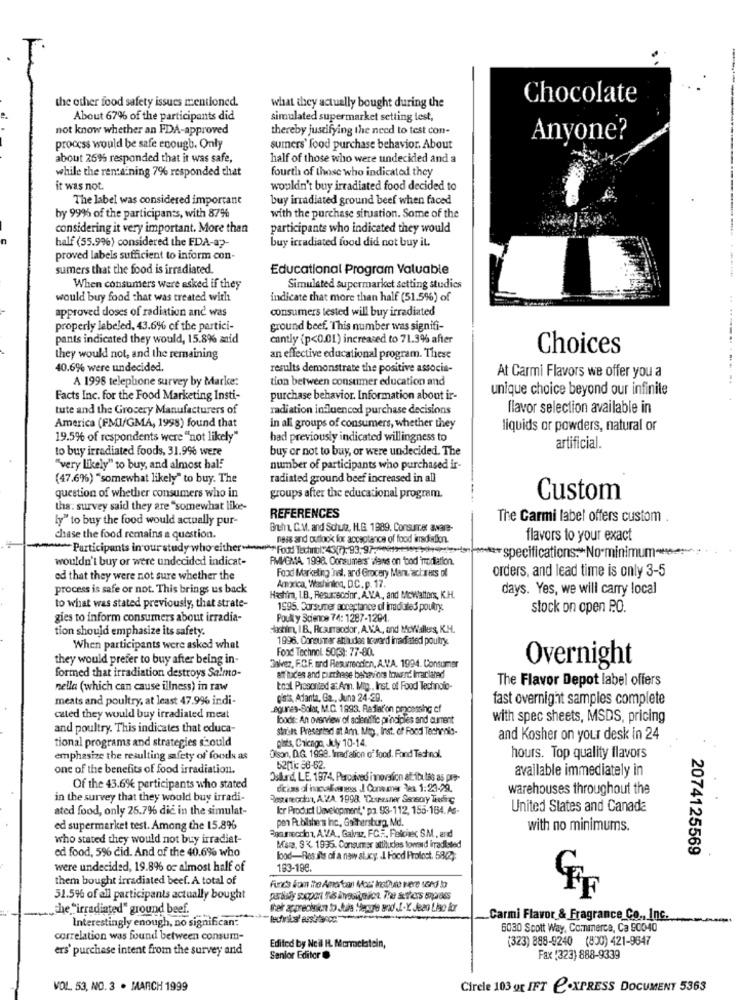
-
the other food safety issues mentioned.
Chocolate
what they actually bought during the
About 67% of the participants did
simulated supermarket setting test,
not know whether an FDA-approved
thereby justifying the need to test con-
Anyone?
process would be safe enough. Only
sumers' food purchase behavior. About
about 269% responded that it was safe,
half of those who were undecided and a
while the rente ning 7% responded that
fourth of those who indicated they
it was not.
wouldn't buy irradiated food decided to
The label was considered important
buy irradiated ground beef when faced
by 999% of the participants, with 87%
with the purchase situation. Some of the
considering it very important. More than
participants who indicated they would
half (55.9%) considered the FDA-a2-
buy irradiated food did not buy it.
proved labels sufficient to inform con-
sumers that the food is irradiated.
Educational Program Valuable
When consumers were asked if they
Simulated supermarket setting studies
would buy food that was treated with
indicate that more than half (51.5%) of
approved doses of radiation and was
consumers lested will buy irradiated
properly labeled, 43.6% of the partici-
ground beef. This number was signifi-
pants indicated they would, 15.8% anid
cantly (p<0.01) increased to 71.3% after
Choices
they would not, and the remaining
an effective educational program. These
40.6% were undecided.
results demonstrate the positive associa-
At Carmi Flavors we offer you a
tion between consumer education and
A 1998 telephone survey by Marke:
unique choice beyond our infinite
Facts Inc. for the Food Marketing Insti-
purchase behavior. Information about ir-
tute and the Grocery Manufacturers of
radiation influenced purchase decisions
flavor selection available in
America (FMI/GMA, 1998) found that
in all groups of consumers, whether they
liquids or powders, natural or
19.5% of respondents were "not likely"
had previously indicated willingness to
to buy irradiated foods, 31.9% were
buy or not to buy, or were undecided. The
artificial.
"very likely" to buy, and almost half
number of participants who purchased ir-
(47.6%) "somewhat likely" to buy. The
radiated ground beef increased in all
question of whether consumers who in
groups after the educational program.
Custom
tha: survey said they are "somewhat like-
ly" to buy the food would actually pur-
REFERENCES
The Carmi label offers custom
Bruhn, C.M. and Schutz, H.G. 1989. Consurrer avare-
chase the food remains a question.
ness and outlook for acceptance of food irradiation.
flavors to your exact
Participants in ourstudy who either>>>>Food Technol:43(7):93,97 ***** specifications. No minimum-
wouldn't buy or were undecided indicat-
PMIGMA. 1998. Consumers' ifans on bod inodiation.
Food Marketing Int. ard Grocery Mant actress of
orders, and lead time is only 3-5
ed that they were not sure whether the
Amica, Washinton, D.C. p. 17.
process is safe or not. This brings us back
days. Yes, we will carry local
Hashim, I.B, Resurrecoinr, A.V.A ., and McWatters, K.H.
to what was stated previously, that strate-
1595. Consumer acceptance of indiales poultry.
stock on open P.O.
gies to inform consumers about irradia-
Poulty Science 74: 1287-1294.
tion should emphasize its safety.
Sachin, IB. Rcaurrsodor, A.VA, and Mokkisilers, K.M.
1996. Consumer atthudes toward irradiated poultry.
When participants were asked what
Fox Technol 50;3): 77-80.
they would prefer to buy after being in-
Jakvez, F.C.F. and Resurrection, A.V.A. 1994. Consumer
Overnight
formed that irradiation destroys Salmo-
affluces and purchase behaviors lowend Imaclahad
The Flavor Depot label offers
nella (which can cause illness) in raw
toal Presented at Ann. Mig .. Inst. of Food Technolo-
meats and poultry, at least 47.996 indi-
dists, Adanta, Ga ., Juna 24-29.
fast overnight samples complete
Lagunes-Solar, M.C. 1993. Rafiat'on processing of
cated they would buy irradiated meat
loods: An overview of scientific principles and cument
with spec sheets, MSDS, pricing
and poultry. This indicates that educa-
strikt Presented at Ann. Mtg ., Inst. of Food Techritis-
tional programs and strategies should
gists, Chicago, July 10-14.
and Kosher on your desk in 24
emphasize the resulting safety of foods as
Dison, D.G. 1998. Wrad'ation of food. Fand Technol.
hours. Top quality flavors
one of the benefits of food irradiation.
521Ti: 58-62.
available immediately in
Oslund, LE. 1974. Percaived innovation atributas as pre-
Of the 43.6% participants who stated
dicias of incoloreses J Con mas Pex 1:23-29.
warehouses throughout the
in the survey that they would buy irradi-
ated food, only 26.7%% die in the simulat-
ler Product Development,' pa. 93-112, 155-164. As-
United States and Canada
pen Pubilshe's Inc ., Gaithersburg, Md.
ed supermarket test. Among the 15.8%
with no minimums.
who stated they would not buy irradiat-
Snorreoch1, AVA, Galvez, FC ., Peloiec SM. and
ed food, 5% cid. And of the 40.6% who
Mara. S< 1995. Consumer attitudes toward irradiated
2074125569
lood-Res ils of a naw slucy. . I. Food Profoct. 58/2):
were undecided, 19.8% or almost half of
183-196.
them bought irradiated beef. A total of
Funds kom the Amaroan Most Insthune were used to
51.5% of all participants actually bought
che "irradiated" ground beef.
their acprecision to Stala Herute and .L .- Y. Jeao Llo for
Carmi Flavor & Fragrance Co ., Inc.
Interestingly enough, no significan:
6030 Scott Way, Commerce, Ca 500440
correlation was found between consum-
(323) 888-9240 (800) 421-9547
ers' purchase intent from the survey and
Edited by Ncil H. Marmelstein,
Senior Editor
Fax (323) 888-9339
VOL 53, NO. 3 . MARCH 1999
Cirele 103 gr IFT C.XPRESS DOCUMENT 5363